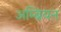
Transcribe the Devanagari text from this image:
अम्ब्रियन